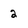
Character: 2